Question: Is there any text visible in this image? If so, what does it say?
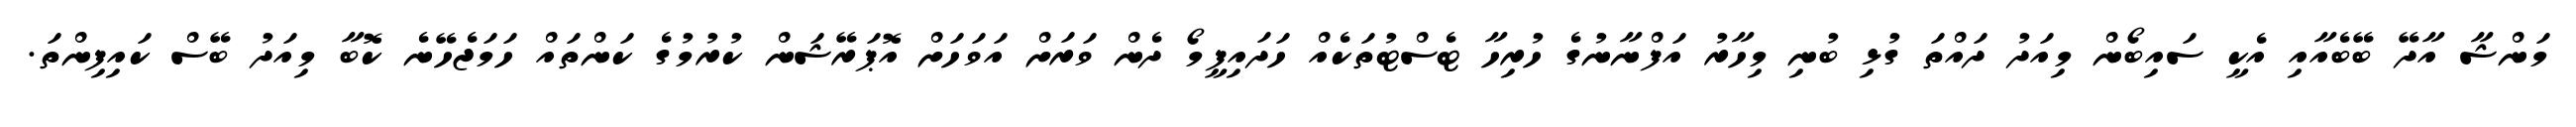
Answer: މަންޝާ އާދޭ ބޭބެއާއި އެކީ ސައިބޯން މިއަދު ދައްތަ ގުޅި ބުނި މިހާރު އަފްނާނުގެ ހުރިހާ ޓެސްޓުތަކެއް ހަދައިފީމޯ ދެން ވަރަށް އަވަހަށް އޮޕަރޭޝަން ކުރުމުގެ ކަންތައް ހަމަޖެހޭނެ ކޮބާ މިއަދު ބޭސް ކައިފިންތަ.